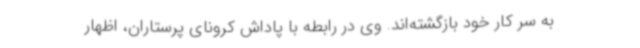
به سر کار خود بازگشته‌اند. وی در رابطه با پاداش کرونای پرستاران، اظهار